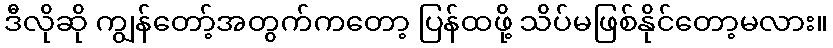
ဒီလိုဆို ကျွန်တော့်အတွက်ကတော့ ပြန်ထဖို့ သိပ်မဖြစ်နိုင်တော့မလား။